画像に写った文字を読んでください
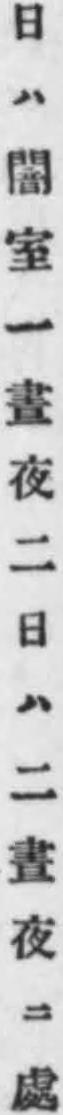
「日ハ闇室一晝夜二日ハ二晝夜ニ處」と書いてあります